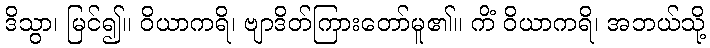
ဒိသွာ၊ မြင်၍။ ဝိယာကရိ၊ ဗျာဒိတ်ကြားတော်မူ၏။ ကိံ ဝိယာကရိ၊ အဘယ်သို့